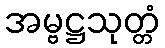
အမ္ဗဋ္ဌသုတ္တံ